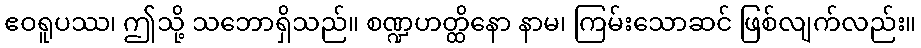
ဧဝရူပဿ၊ ဤသို့ သဘောရှိသည်။ စဏ္ဍဟတ္ထိနော နာမ၊ ကြမ်းသောဆင် ဖြစ်လျက်လည်း။